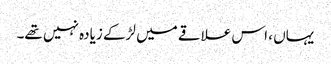
یہاں ، اس علاقے میں لڑکے زیادہ نہیں تھے۔